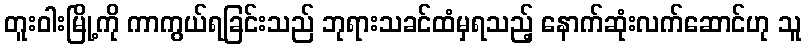
တူးဝါးမြို့ကို ကာကွယ်ရခြင်းသည် ဘုရားသခင်ထံမှရသည့် နောက်ဆုံးလက်ဆောင်ဟု သူ